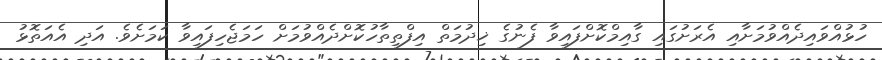
ހުޅުއްވައިދެއްވުމަށާއި އެރަށުގައި ގާއިމްކޮށްފައިވާ ފެނުގެ ޚިދުމަތް އިފްތިތާހުކޮށްދެއްވުމަށް ހަމަޖެހިފައިވާ ކަމަށެވެ. އަދި އެއަތޮޅު